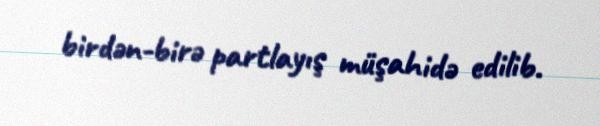
birdən-birə partlayış müşahidə edilib.